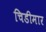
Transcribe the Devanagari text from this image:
चिडीमार